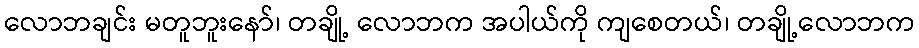
လောဘချင်း မတူဘူးနော်၊ တချို့ လောဘက အပါယ်ကို ကျစေတယ်၊ တချို့လောဘက